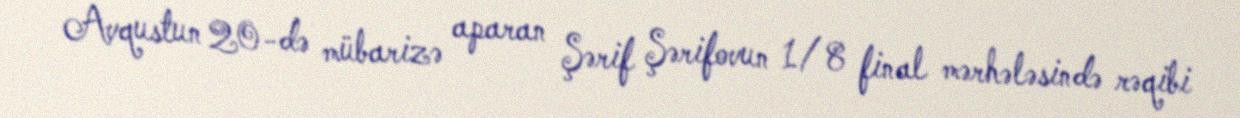
Avqustun 20-də mübarizə aparan Şərif Şərifovun 1/8 final mərhələsində rəqibi